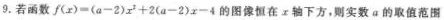
9.若函数$$f ( x ) = ( a - 2 ) x^{2} + 2 ( a - 2 ) x - 4$$的图像恒在x轴下方，则实数a的取值范围